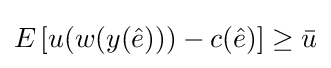
E\left[u(w(y({\hat {e}})))-c({\hat {e}})\right]\geq {\bar {u}}